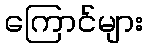
ကြောင်များ